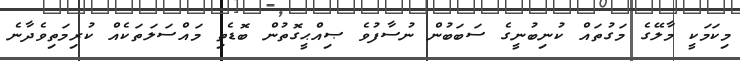
މިކަމަކީ މާލޭގެ މަގުތައް ކުނިބުނީގެ ސަބަބުން ނުސާފުވެ ޞިއްޙީގޮތުން ބޮޑެތި މައްސަލަތަކެއް ކުރިމަތިވެދާނެ